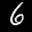
Label: 6